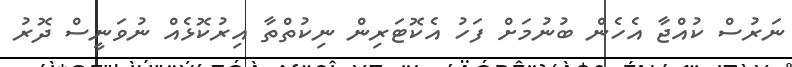
ނަރުސް ކުއްޖާ އެހެން ބުނުމަށް ފަހު އެކޮޓަރިން ނިކުތްތާ އިރުކޮޅެއް ނުވަނީސް ދޮރު